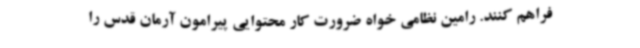
فراهم کنند. رامین نظامی خواه ضرورت کار محتوایی پیرامون آرمان قدس را